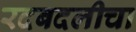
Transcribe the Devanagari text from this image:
रदबदलीचा